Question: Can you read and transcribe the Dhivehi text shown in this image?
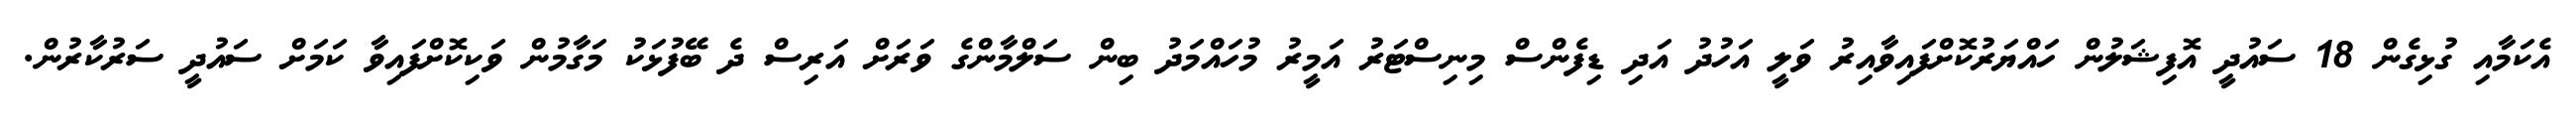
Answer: އެކަމާއި ގުޅިގެން 18 ސައުދީ އޮފިޝަލުން ހައްޔަރުކޮށްފައިވާއިރު ވަލީ އަހުދު އަދި ޑިފެންސް މިނިސްޓަރު އަމީރު މުހައްމަދު ބިން ސަލްމާންގެ ވަރަށް އަރިސް ދެ ބޭފުޅަކު މަގާމުން ވަކިކޮށްފައިވާ ކަމަށް ސައުދީ ސަރުކާރުން.